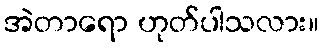
အဲတာရော ဟုတ်ပါသလား။